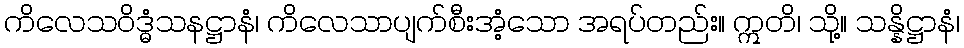
ကိလေသဝိဒ္ဓံသနဋ္ဌာနံ၊ ကိလေသာပျက်စီးအံ့သော အရပ်တည်း။ ဣတိ၊ သို့။ သန္နိဋ္ဌာနံ၊